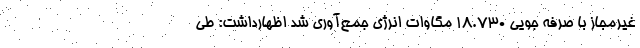
غیرمجاز با صرفه جویی ۱۸.۷۳۰ مگاوات انرژی جمع‌آوری شد اظهارداشت: طی